Report on the administration of the Government Cinchona Department 1892-98
Year: 1892
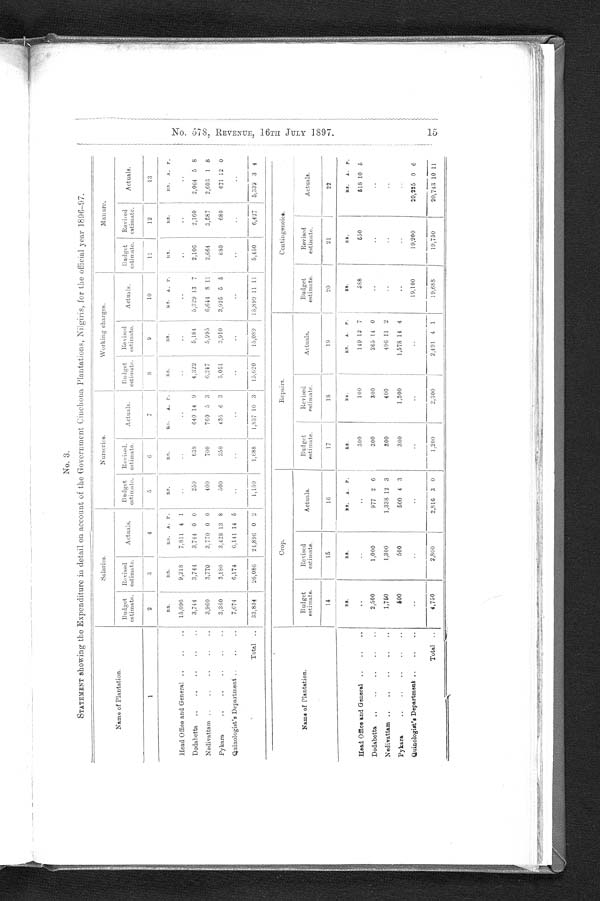
No . 5 7 8 , REVENUE, 1 6 TH J ULY 1 8 9 7 . 1 5
No. 3.
STATEMENT showing the Expenditure in detail on account of the Government Cinchona Plantations, Nilgiris, for the official year 1896-97.
Name of Plantation.
Salaries.
Nurseries.
Working charges.
Manure.
Budget
estimate.
Revised
estimate.
Actuals.
Budget
estimate.
Revised
estimate.
Actuals.
Budget
estimate.
Revised
estimate.
Actuals.
Budget
estimate.
Revised
estimate.
Actuals.
1
2
3
4
5
6
7
8
9
10
11
12
13
R S . RS.
RS. A. P.
RS.
RS.
RS.
A. P.
RS.
RS.
RS. A. P.
RS.
R8.
RS. A. P.
Head Office and General ..
..
..
15,096
9,218
7,811 4 1
..
..
..
..
..
..
..
Dodabetta
.
..
..
3,744
3,744
3,744 0 0
250
638
640 14 9
4,322
5,184
5,329 13 7
2,106
2,160
2,064 5 8
Nedivattam ..
..
..
..
..
3,960
3,770
3,770 0 0
400
700
760 5 3
6 , 2 4 7
5,995
6,644 8 11 2,664
3,587
2,603 1 8
Pykara
..
..
..
..
.
3,360
3,180
3,428 13 8
500
350
436 6 3
5,051
3 , 9 1 0
3,925 5 5
6 8 0 680
671 12 0
Quinologist's Department
..
..
7,674
6,174
6,141 14 5
..
..
..
..
..
..
..
..
Total
33,834
26,086
21,896 0 2
1,150
1,688
1,837 10 3
15,620
15,089
15,899 11 11
5,450
6,427
5,339 3 4
Crop.
Repairs.
Contingencies.
Name of Plantation.
Budget
estimate.
R e v i s e d
estimate.
Actuals.
Budget
estimate.
Revised
estimate.
Actuals.
Budget
estimate.
Revised
estimate.
Actuals.
14
15
16
17
18
19
20
21
22
R S . RS.
RS. A. P. RS.
RS.
RS. A. P.
R S .
RS.
RS. A. P.
Head Office and General.
..
..
..
..
300
100
149 12 7
588
5 5 0 518 10 5
Dodabetta
..
..
..
. . .
2,500
1,000
977 2 6
300
3 0 0 265 14 0
..
..
Nedivattam ..
..
.
• •
1,750
1,300
1,338 12 3
300
400
496 11 2
..
..
..
Pykara
..
..
..
..
..
500
500
500 4 3
300
1,500
1,578 14 4
..
..
..
Quinologist's Department ..
..
...
..
..
..
19,100
19,200
20,225 0 6
Total ..
4,750
2,800
2,816 3 0
1,200
2,30
0
2,491 4 1
19,688
19,750
20,743 10 11